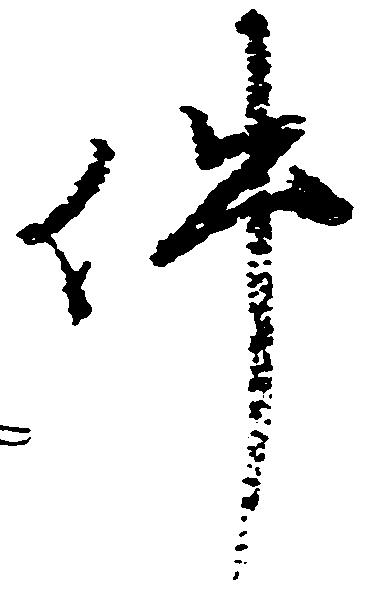
件